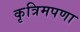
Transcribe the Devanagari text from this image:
कृत्रिमपणा